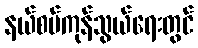
နယ်စပ်ကုန်သွယ်ရေးတွင်